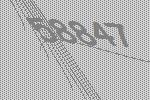
58847